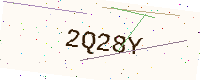
Text: 2Q28Y